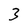
Character: 3